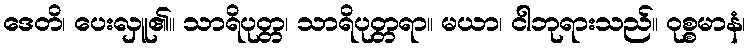
ဒေတိ၊ ပေးလှူ၏။ သာရိပုတ္တ၊ သာရိပုတ္တရာ။ မယာ၊ ငါဘုရားသည်။ ဝုစ္စမာနံ၊